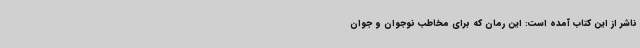
ناشر از این کتاب آمده است: این رمان که برای مخاطب نوجوان و ‌جوان